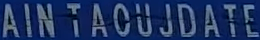
AINTAOUJDATE